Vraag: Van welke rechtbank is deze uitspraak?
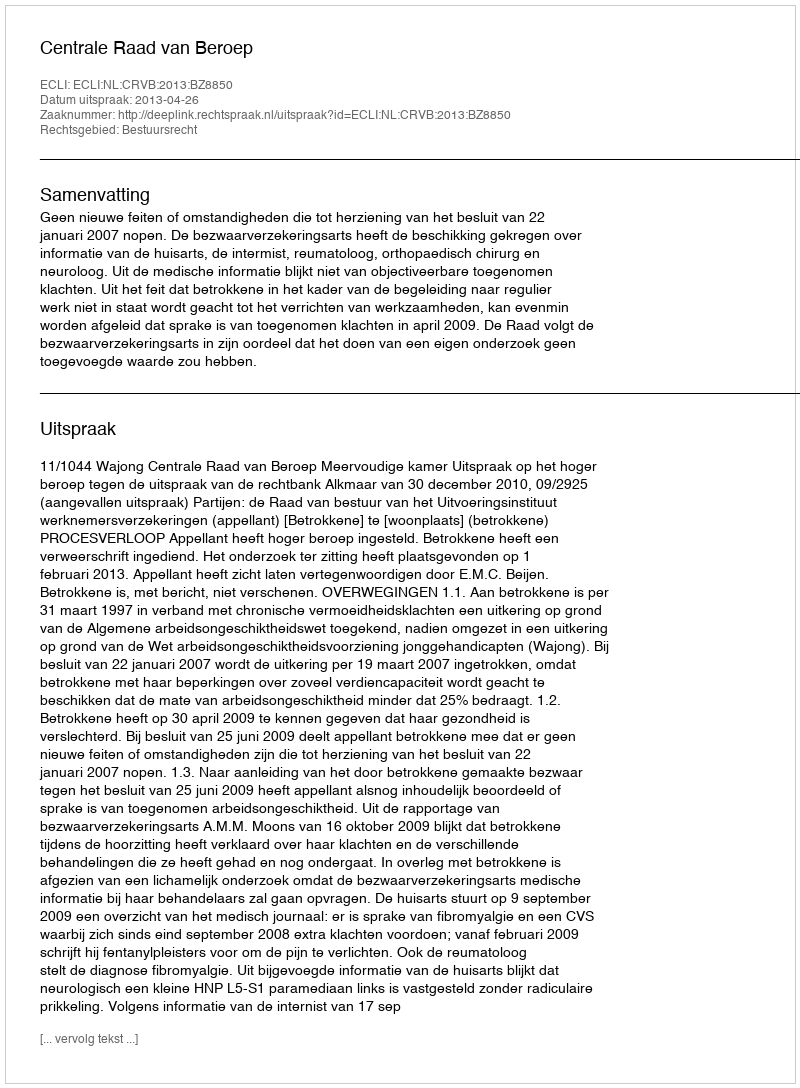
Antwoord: Centrale Raad van Beroep